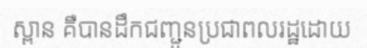
ស្ពាន គឺបានដឹកជញ្ជូនប្រជាពលរដ្ឋដោយ